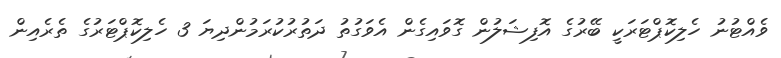
ވެއްޓުނު ހެލިކޮޕްޓަރަކީ ބޭރުގެ އޮފިޝަލުން ގޮވައިގެން އެވަގުތު ދަތުރުކުރަމުންދިޔަ 3 ހެލިކޮޕްޓަރުގެ ތެރެއިން